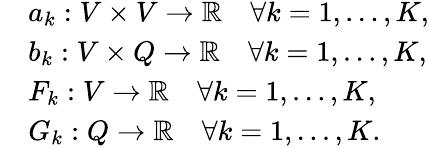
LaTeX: \begin{array}{rl}&{a_{k}:V\times V\rightarrow\mathbb{R}\quad\forall k=1,\dots,K,}\\ &{b_{k}:V\times Q\rightarrow\mathbb{R}\quad\forall k=1,\dots,K,}\\ &{F_{k}:V\rightarrow\mathbb{R}\quad\forall k=1,\dots,K,}\\ &{G_{k}:Q\rightarrow\mathbb{R}\quad\forall k=1,\dots,K.}\end{array}